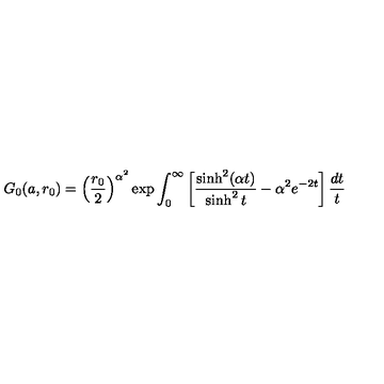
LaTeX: G _ { 0 } ( a , r _ { 0 } ) = \left( \frac { r _ { 0 } } 2 \right) ^ { \alpha ^ { 2 } } \exp \int _ { 0 } ^ { \infty } \left[ \frac { \sinh ^ { 2 } ( \alpha t ) } { \sinh ^ { 2 } t } - \alpha ^ { 2 } e ^ { - 2 t } \right] \frac { d t } t